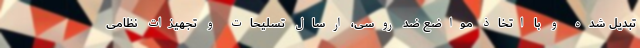
تبدیل شده و با اتخاذ مواضع ضد روسی، ارسال تسلیحات و تجهیزات نظامی